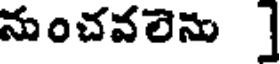
నుంచవలెను ]